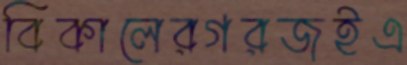
বিকালেরগরজইএ